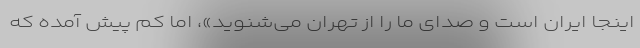
اینجا ایران است و صدای ما را از تهران می‌شنوید»، اما کم پیش آمده که